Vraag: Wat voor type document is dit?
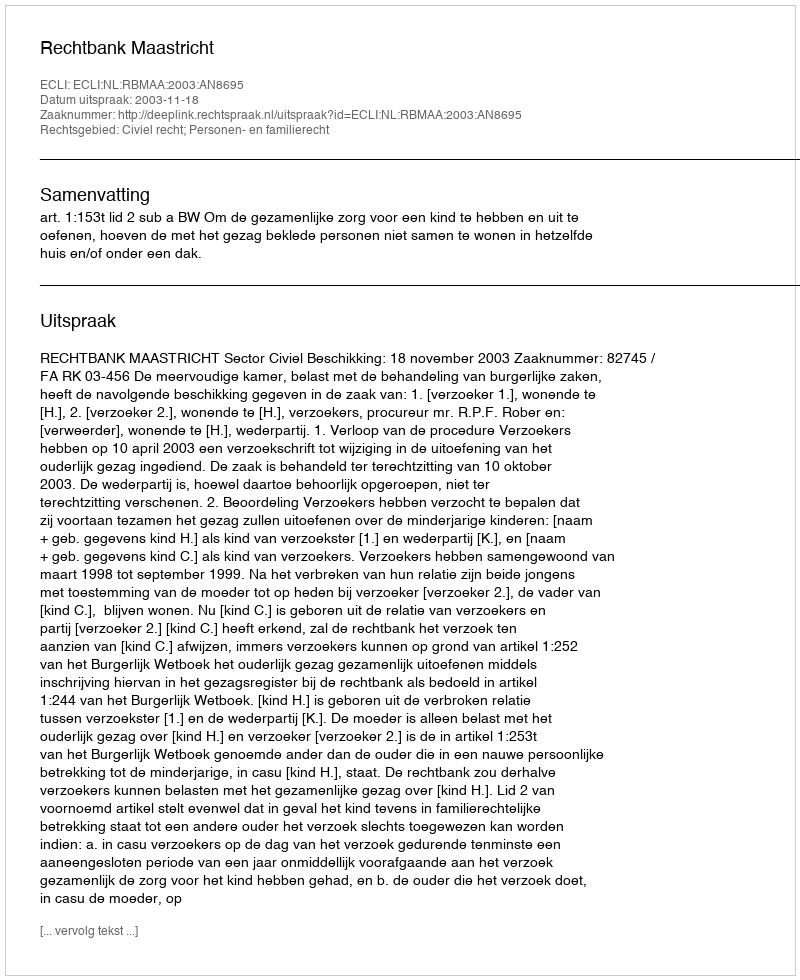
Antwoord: Uitspraak